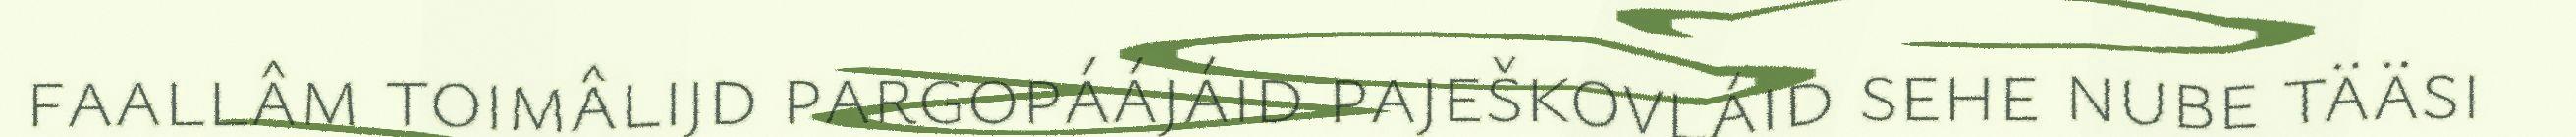
faallâm toimâlijd pargopáájáid paješkovláid sehe nube tääsi